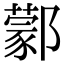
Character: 𨞫